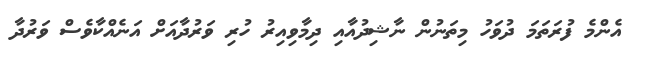
އެންމެ ފުރަތަމަ ދުވަހު މިތަނުން ނާޝިދުއާއި ދިމާވިއިރު ހުރި ވަރުދާއަށް އަނެއްކާވެސް ވަރުދާ